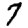
Digit: 7